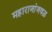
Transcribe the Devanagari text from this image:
महाराजांजवळ